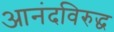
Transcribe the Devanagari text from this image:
आनंदविरुद्ध